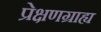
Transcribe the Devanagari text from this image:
प्रेक्षणग्राह्य